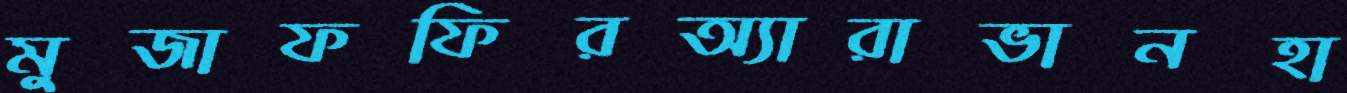
মুজাফফিরঅ্যারাভানহা